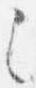
之